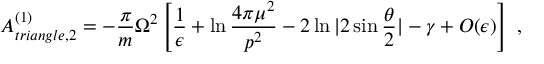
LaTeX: { \cal A } _ { t r i a n g l e , 2 } ^ { ( 1 ) } = - { \frac { \pi } { m } } \Omega ^ { 2 } \left[ { \frac { 1 } { \epsilon } } + \ln { \frac { 4 \pi \mu ^ { 2 } } { p ^ { 2 } } } - 2 \ln | 2 \sin { \frac { \theta } { 2 } } | - \gamma + { \cal O } ( \epsilon ) \right] \ ,